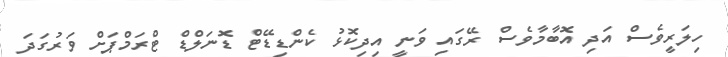
ހިލަރީވެސް އަދި އޮބާމާވެސް ރޭގައި ވަނީ އިދިކޮޅު ކެންޑިޑޭޓް ޑޮނަލްޑް ޓްރަމްޕަށް ވަރުގަދަ